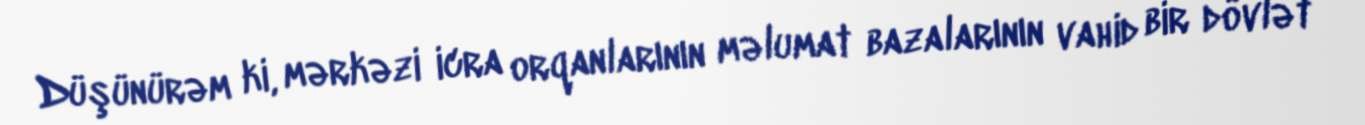
Düşünürəm ki, mərkəzi icra orqanlarının məlumat bazalarının vahid bir dövlət